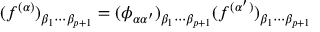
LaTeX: ( f ^ { ( \alpha ) } ) _ { \beta _ { 1 } \cdots \beta _ { p + 1 } } = ( \phi _ { \alpha \alpha ^ { \prime } } ) _ { \beta _ { 1 } \cdots \beta _ { p + 1 } } ( f ^ { ( \alpha ^ { \prime } ) } ) _ { \beta _ { 1 } \cdots \beta _ { p + 1 } }